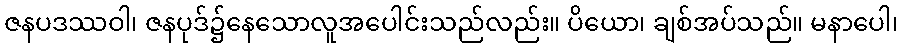
ဇနပဒဿဝါ၊ ဇနပုဒ်၌နေသောလူအပေါင်းသည်လည်း။ ပိယော၊ ချစ်အပ်သည်။ မနာပေါ၊